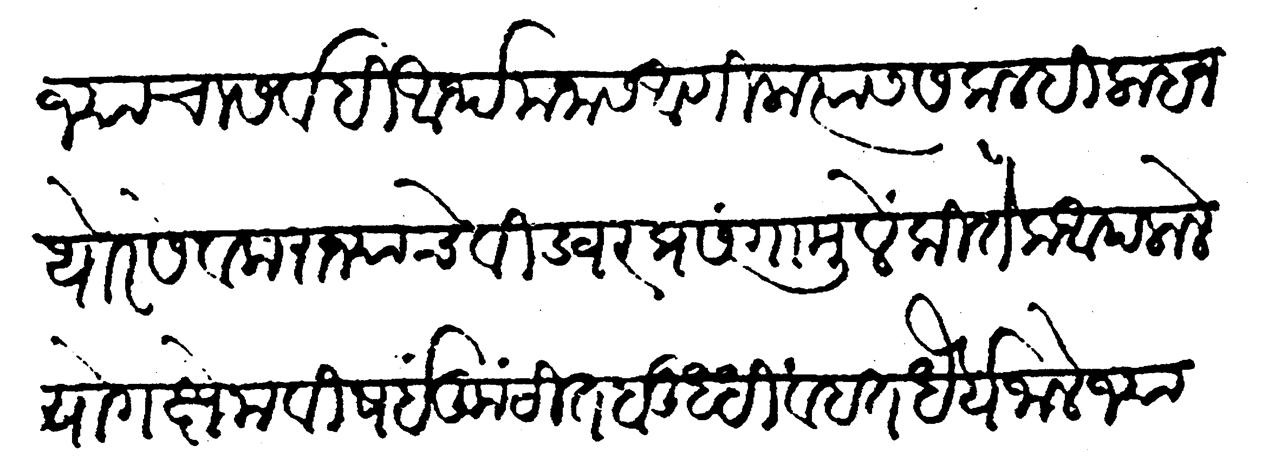
Transliteration (Devanagari): राज्याचा सर्वही आर्थ मनास आणीला त्यास सकलही लाहन थोर सेवक राज्याचे विज्वर प्रसंगामुळे कितेक आपलाले योगक्षेम विषयी कुंठीतबुद्धि व हतधैर्य जाले ज्यांणी